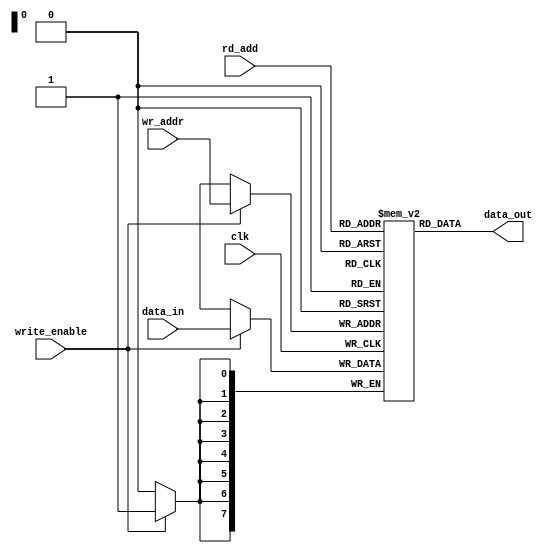
//----------------------------------------------------------------------------------
// Company:
// Engineer:
//
// Design Name:      Memory
// Module Name:      Memory - Behavioral
// Project Name:     verilog Training
// Target Devices:   xilinx
// Tool Versions:    v2017.4
// Description:
//
// Dependencies:     None
//
// Revision:
// Revision 0.01 - File Created
// Additional Comments:
//
//----------------------------------------------------------------------------------

module memory
(
    input      [7:0]  data_in,
    input             write_enable,
    input             clk,
    input      [7:0]  wr_addr,
    input      [7:0]  rd_add,
    output     [7:0]  data_out

   );

    // reg
    reg [7:0] memory [0:255];  // 256* 8 bit memory

    // write data to memory
    always @(posedge clk) begin
        if (write_enable == 1'b1) begin
            memory[wr_addr] <= data_in;
        end
    end

    // Asynchronous read data
    assign data_out = memory[rd_add];

endmodule